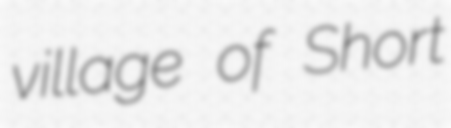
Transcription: village of Short